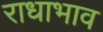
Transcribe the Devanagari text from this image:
राधाभाव